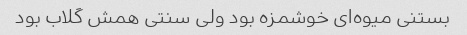
بستنی میوه‌ای خوشمزه بود ولی سنتی همش گلاب بود